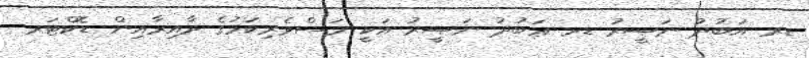
ޑރ އަބުދު ނަޞީރު ޑރ ޢަބުދު ނަޞީރު އަކީ މަސްވެރިކަމުގެ ދާއިރާއިން ޑޮކްޓަރ